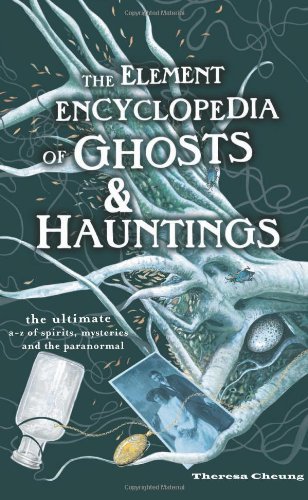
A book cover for Element Encyclopedia of Ghosts and Hauntings: The Ultimate A-Z of Spirits, Mysteries and the Paranormal; Theresa Francis-Cheung; Humor & Entertainment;